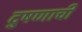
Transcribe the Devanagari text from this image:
दुषणाची